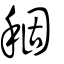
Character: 稒